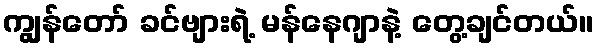
ကျွန်တော် ခင်ဗျားရဲ့ မန်နေဂျာနဲ့ တွေ့ချင်တယ်။